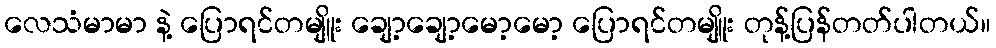
လေသံမာမာ နဲ့ ပြောရင်တမျိူး ချော့ချော့မော့မော့ ပြောရင်တမျိူး တုန့်ပြန်တတ်ပါတယ်။